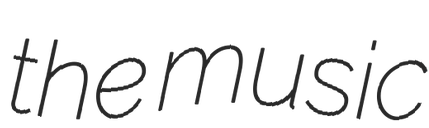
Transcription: the music